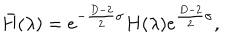
LaTeX: \bar { H } ( \lambda ) = e ^ { - { \frac { D - 2 } { 2 } } \sigma } H ( \lambda ) e ^ { { \frac { D - 2 } { 2 } } \sigma } ,